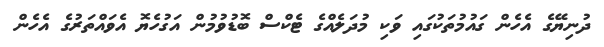
ދުނިޔޭގެ އެހެން ގައުމުތަކުގައި ވަކި މުދަލެއްގެ ޓެކްސް ބޮޑުވުމުން އަގުހެޔޮ އެވައްތަރުގެ އެހެން